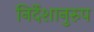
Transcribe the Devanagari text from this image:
निर्देशानुरुप